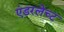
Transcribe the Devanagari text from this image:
एंडरलेच्ट